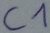
Text: C1